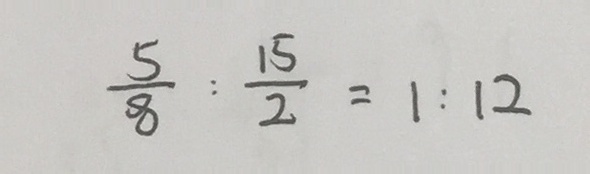
\frac { 5 } { 8 } : \frac { 1 5 } { 2 } = 1 : 1 2